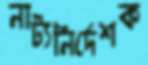
নাট্যনির্দেশক